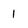
Character: 1